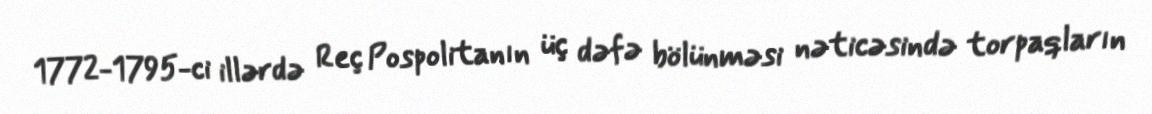
1772-1795-ci illərdə Reç Pospolitanın üç dəfə bölünməsi nəticəsində torpaqların